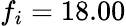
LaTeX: f_{i}=18.00